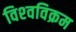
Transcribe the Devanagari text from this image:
विश्‍वविक्रम